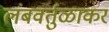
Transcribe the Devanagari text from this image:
लंबवर्तुळाकर